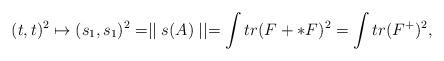
LaTeX: \begin{align*}(t,t)^{2} \mapsto (s_{1},s_{1})^{2} = \mid\mid s(A)\mid\mid = \int tr( F + * F)^{2} = \int tr(F^{+})^{2},\end{align*}